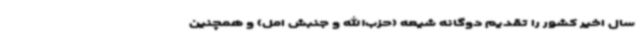
سال اخیر کشور را تقدیم دوگانه شیعه (حزب‌الله و جنبش امل) و همچنین